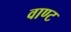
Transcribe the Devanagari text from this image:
वाण्ट